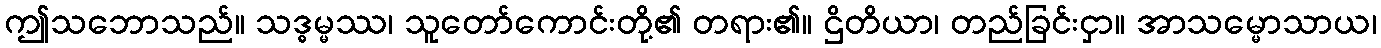
ဤသဘောသည်။ သဒ္ဓမ္မဿ၊ သူတော်ကောင်းတို့၏ တရား၏။ ဌိတိယာ၊ တည်ခြင်းငှာ။ အာသမ္မောသာယ၊